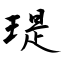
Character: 瑅